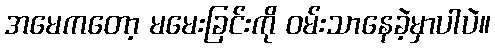
အမေကတော့ မမေးခြင်းကို ဝမ်းသာနေခဲ့မှာပါပဲ။